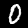
Label: 0